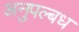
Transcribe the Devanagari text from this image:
अनुपल्बध